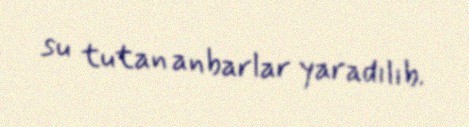
su tutan anbarlar yaradılıb.